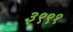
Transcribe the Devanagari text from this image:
३९९१